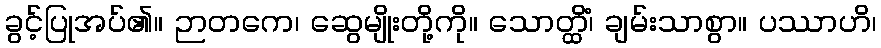
ခွင့်ပြုအပ်၏။ ဉာတကေ၊ ဆွေမျိုးတို့ကို။ သောတ္ထိံ၊ ချမ်းသာစွာ။ ပဿာဟိ၊